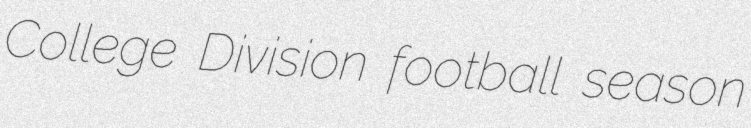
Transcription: College Division football season